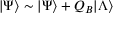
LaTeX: | \Psi \rangle \sim | \Psi \rangle + Q _ { B } | \Lambda \rangle